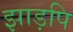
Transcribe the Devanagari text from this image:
झाड़पि